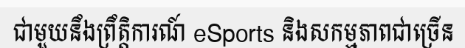
ជាមួយនឹងព្រឹត្តិការណ៍ eSports និងសកម្មភាពជាច្រើន